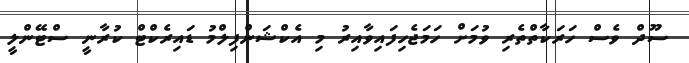
ސޫދް ވެސް ހަރަކާތްތެރި ވުމަށް ހަމަޖެހިފައިވާއިރު މި އެކްޝަންފިލްމު ޑައިރެކްޓް ކުރާނީ ސްޓޭންލީ